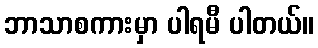
ဘာသာစကားမှာ ပါရမီ ပါတယ်။